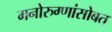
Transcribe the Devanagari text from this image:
मनोरुग्णांसोबत